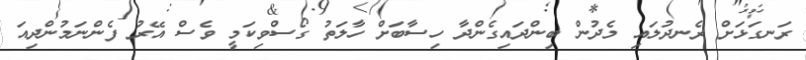
ރަނގަޅަށް ރެނދުލައި މެދުން ބިންދައިގެންދާ ހިސާބަށް ހާލަތު ގޯސްވިކަމީ ވެސް އޭރު ފެންނަމުންދިއަ